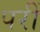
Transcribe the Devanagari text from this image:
परीं